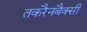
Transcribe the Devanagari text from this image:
तकरैनबैक्सी